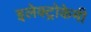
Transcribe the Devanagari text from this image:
इलेक्ट्रोकेमी